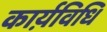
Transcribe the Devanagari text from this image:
कार्य़विधि